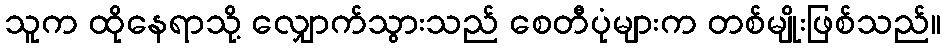
သူက ထိုနေရာသို့ လျှောက်သွားသည် စေတီပုံများက တစ်မျိုးဖြစ်သည်။